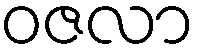
ဝဇလာ